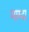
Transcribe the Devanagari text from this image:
माम्दा